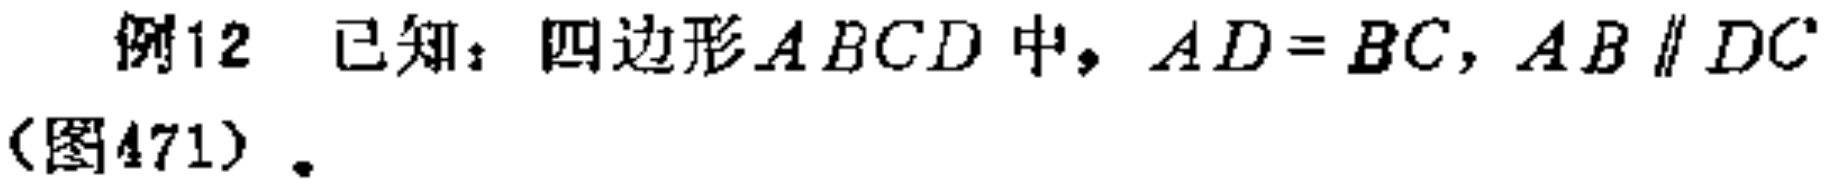
例12 已知：四边形\(ABCD\)中，\(AD = BC\)，\(AB\parallel DC\)（图471）。